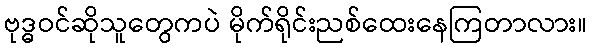
ဗုဒ္ဓဝင်ဆိုသူတွေကပဲ မိုက်ရိုင်းညစ်ထေးနေကြတာလား။